Reports on dispensaries and lunatic asylums in the Province of Oudh - 1869-1876
Year: 1869
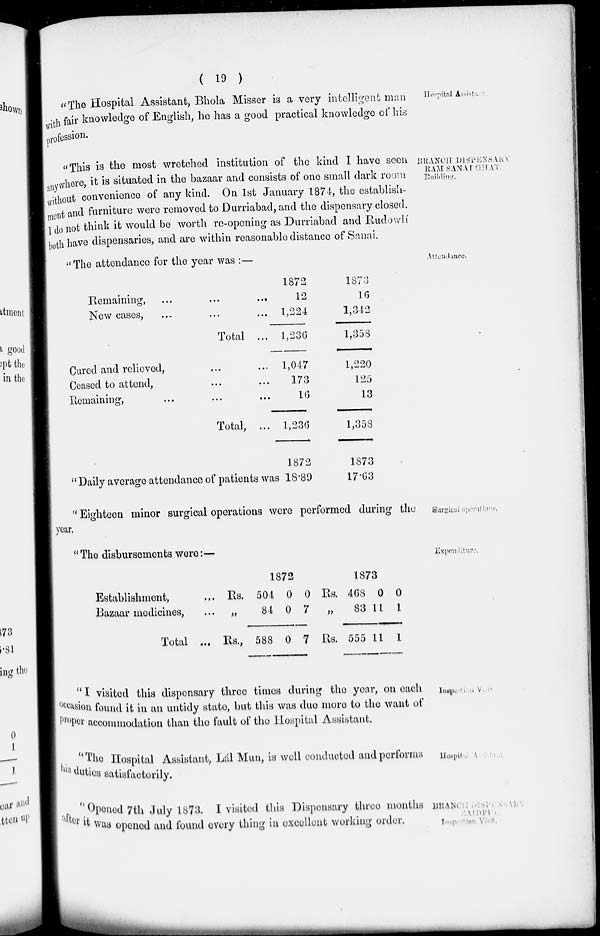
( 19 )
Hospital Assistant.
"The Hospital Assistant, Bhola Misser is a very intelligent man
with fair knowledge of English, he has a good practical knowledge of his
profession.
BRANCH DISPENSARY
RAM SANAI GHAT.
Building.
"This is the most wretched institution of the kind I have seen
anywhere, it is situated in the bazaar and consists of one small dark room
without convenience of any kind. On 1st January 1874, the establish-
ment and furniture were removed to Durriabad, and the dispensary closed.
I do not think it would be worth re-opening as Durriabad and Rudowlí
both have dispensaries, and are within reasonable distance of Sanai.
"The attendance for the year was :—
Attendance.
Remaining, ...
...
...
New cases, ... ... ...
Total ...
Cured and relieved, ... ...
Ceased to attend, ... ...
Remaining, ... ... ...
Total, ...
1872
12
1,224
1,236
1,047
173
16
1,236
1873
16
1,342
1,358
1,220
125
13
1,358
" Daily average attendance of patients was
1872
18.89
1873
17.63
Surgical operations.
" Eighteen minor surgical operations were performed during the
year.
Expenditure
" The disbursements were:—
Establishment, ...
Bazaar medicines, ...
Total ...
1872
Rs.
„
Rs.,
504
84
588
0
0
0
0
7
7
1873
Rs.
„
Rs.
468
83
555
0
11
11
0
1
1
Inspection Visit.
" I visited this dispensary three times during the year, on each
occasion found it in an untidy state, but this was due more to the want of
proper accommodation than the fault of the Hospital Assistant.
Hospital
"The Hospital Assistant, Lál Mun, is well conducted and performs
his duties satisfactorily.
BRANCH DISPENSARY
ZAIDPUR
Inspection Visit.
"Opened 7th July 1873. I visited this Dispensary three months
after it was opened and found every thing in excellent working order.